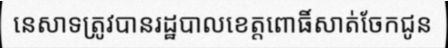
នេសាទត្រូវបានរដ្ឋបាលខេត្តពោធិ៍សាត់ចែកជូន